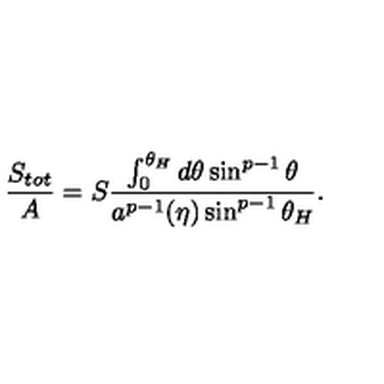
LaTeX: { \frac { S _ { t o t } } { A } } = S { \frac { \int _ { 0 } ^ { \theta _ { H } } d \theta \sin ^ { p - 1 } \theta } { a ^ { p - 1 } ( \eta ) \sin ^ { p - 1 } \theta _ { H } } } .